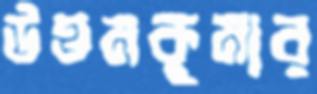
উত্তমকুমার